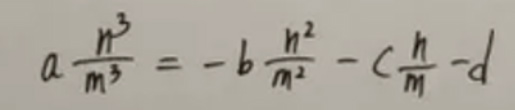
\[ a\frac{n^{3}}{m^{3}}=-b\frac{n^{2}}{m^{2}}-c\frac{n}{m}-d \]